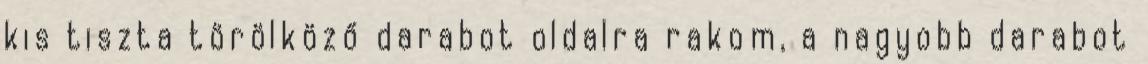
kis tiszta törölköző darabot oldalra rakom, a nagyobb darabot